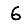
Digit: 6